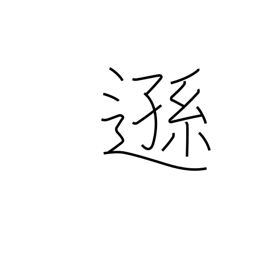
Meaning: humble